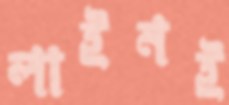
লাইনই